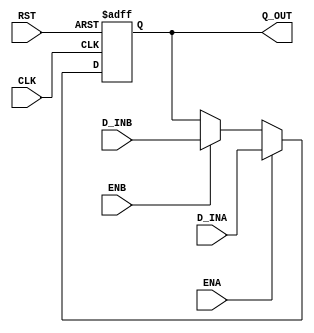

`ifdef BSV_ASSIGNMENT_DELAY
`else
  `define BSV_ASSIGNMENT_DELAY
`endif

`ifdef BSV_POSITIVE_RESET
  `define BSV_RESET_VALUE 1'b1
  `define BSV_RESET_EDGE posedge
`else
  `define BSV_RESET_VALUE 1'b0
  `define BSV_RESET_EDGE negedge
`endif



module RegTwoA(CLK, RST, Q_OUT, D_INA, ENA, D_INB, ENB);
   parameter width = 1;
   parameter init  = { width {1'b0 }} ;


   input     CLK;
   input     RST;
   input     ENA ;
   input     ENB;
   input [width - 1 : 0] D_INA;
   input [width - 1 : 0] D_INB;

   output [width - 1 : 0] Q_OUT;
   reg [width - 1 : 0]    Q_OUT;

   always@(posedge CLK or `BSV_RESET_EDGE RST)
     begin
        if (RST == `BSV_RESET_VALUE)
          Q_OUT <= `BSV_ASSIGNMENT_DELAY init;
        else
          begin
             if (ENA)
               Q_OUT <= `BSV_ASSIGNMENT_DELAY D_INA;
             else if (ENB)
               Q_OUT <= `BSV_ASSIGNMENT_DELAY D_INB;
          end // else: !if(RST == `BSV_RESET_VALUE)
     end

`ifdef BSV_NO_INITIAL_BLOCKS
`else // not BSV_NO_INITIAL_BLOCKS
   // synopsys translate_off
   initial
     begin
        Q_OUT = {((width + 1)/2){2'b10}} ;
     end
   // synopsys translate_on
`endif // BSV_NO_INITIAL_BLOCKS

endmodule